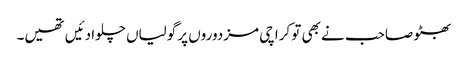
بھٹو صاحب نے بھی تو کراچی مزدوروں پر گولیاں چلوا دئیں تھیں۔